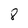
Character: 8